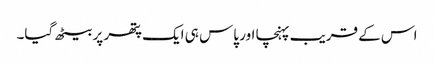
اس کے قریب پہنچا اور پاس ہی ایک پتھر پر بیٹھ گیا۔